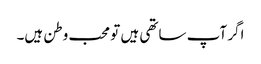
اگر آپ ساتھی ہیں تو محب وطن ہیں۔